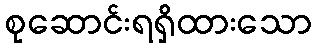
စုဆောင်းရရှိထားသော